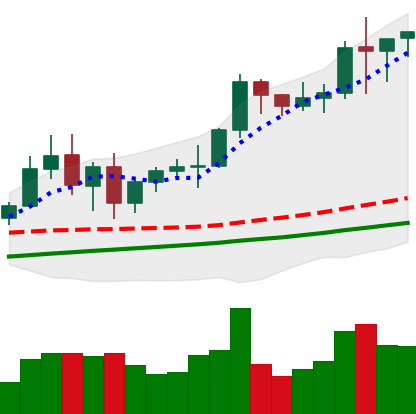
Ticker: BNB-USD
Chart end date: 2021-01-06
Forward return: -8.999%
Label: down_7plus